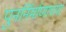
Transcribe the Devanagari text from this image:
पुनर्निर्माणाच्या